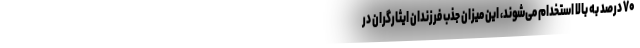
۷۰ درصد به بالا استخدام می‌شوند، این میزان جذب فرزندان ایثارگران در